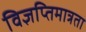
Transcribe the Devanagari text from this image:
विज्ञप्तिमात्रता